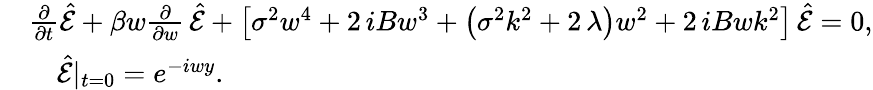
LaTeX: \begin{array}{rl}&{{\frac{\partial}{\partial t}}\hat{\mathcal E}+\beta w{\frac{\partial}{\partial w}}\, \hat{\mathcal E}+\left[\sigma^{2}w^{4}+2\, iB{w}^{3}+\left(\sigma^{2}{k}^{2}+2\, {\lambda}\right){w}^{2}+2\, iBw{k}^{2}\right]\, \hat{\mathcal E}=0,}\\ &{\quad\hat{\mathcal E}|_{t=0}=e^{-iwy}.}\end{array}